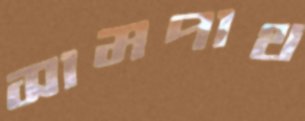
সামপাথ